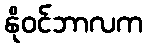
နိုဝင်ဘာလက